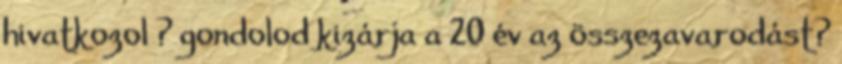
hivatkozol ? gondolod kizárja a 20 év az összezavarodást?